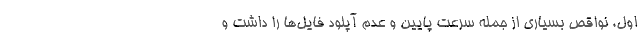
اول، نواقص بسیاری از جمله سرعت پایین و عدم آپلود فایل‌ها را داشت و